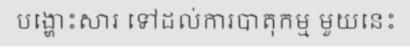
បង្ហោះសារ ទៅដល់ការបាតុកម្ម មួយនេះ